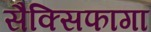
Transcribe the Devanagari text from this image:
सैक्सिफागा